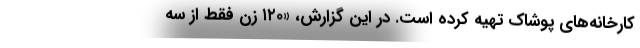
کارخانه‌های پوشاک تهیه کرده است. در این گزارش، «۱۲۰ زن فقط از سه